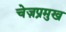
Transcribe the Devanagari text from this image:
चेज़प्रमुख